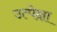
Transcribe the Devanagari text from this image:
उत्पेक्षा